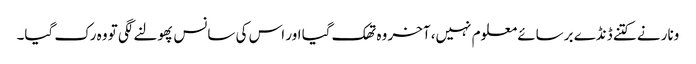
ونار نے کتنے ڈنڈے برسائے معلوم نہیں، آخر وہ تھک گیا اور اس کی سانس پھولنے لگی تو وہ رک گیا۔